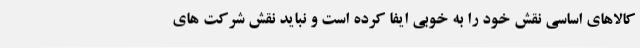
کالاهای اساسی نقش خود را به خوبی ایفا کرده است و نباید نقش شرکت های